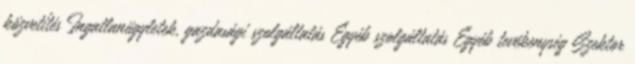
közvetítés Ingatlanügyletek, gazdasági szolgáltatás Egyéb szolgáltatás Egyéb tevékenység Szektor